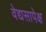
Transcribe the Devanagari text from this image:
वेद्यसापेक्ष